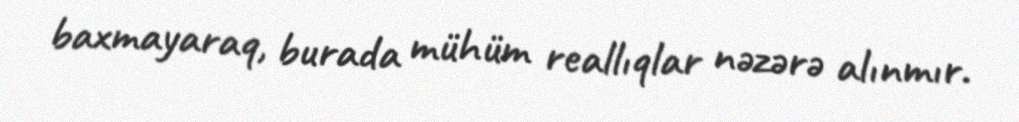
baxmayaraq, burada mühüm reallıqlar nəzərə alınmır.